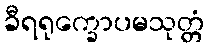
ခီရရုက္ခောပမသုတ္တံ